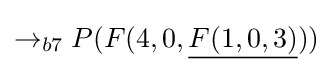
\rightarrow _{b7}P(F(4,0,{\underline {F(1,0,3)}}))